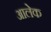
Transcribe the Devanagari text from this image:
आलेक